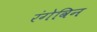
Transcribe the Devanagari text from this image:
रंगेविन